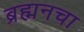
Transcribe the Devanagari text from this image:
ब्रह्मनचा